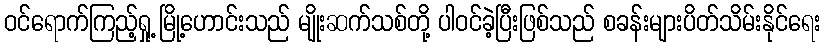
ဝင်ရောက်ကြည့်ရှု့ မြို့ဟောင်းသည် မျိုးဆက်သစ်တို့ ပါဝင်ခဲ့ပြီးဖြစ်သည် စခန်းများပိတ်သိမ်းနိုင်ရေး